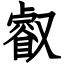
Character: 叡